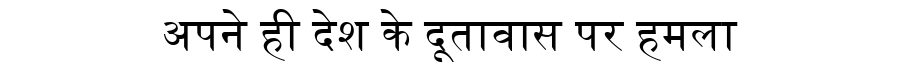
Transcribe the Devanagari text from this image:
अपने ही देश के दूतावास पर हमला